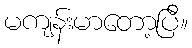
မကျန်းမာတော့ပြီ။